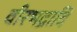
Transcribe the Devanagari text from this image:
वीरभद्रादि